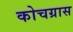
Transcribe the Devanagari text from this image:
कोचग्रास